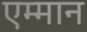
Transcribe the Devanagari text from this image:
एम्मान